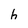
Character: h